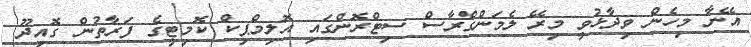
އޭނާ މިހެން ވިދާޅުވީ މިރޭ ލެމަންގްރާސް ސިޓްރޮންގައި އޮލިމްޕިކް ކޮމިޓީގެ ފަރާތުން ގޮއިދޫ